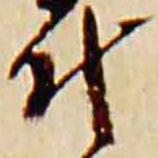
叶